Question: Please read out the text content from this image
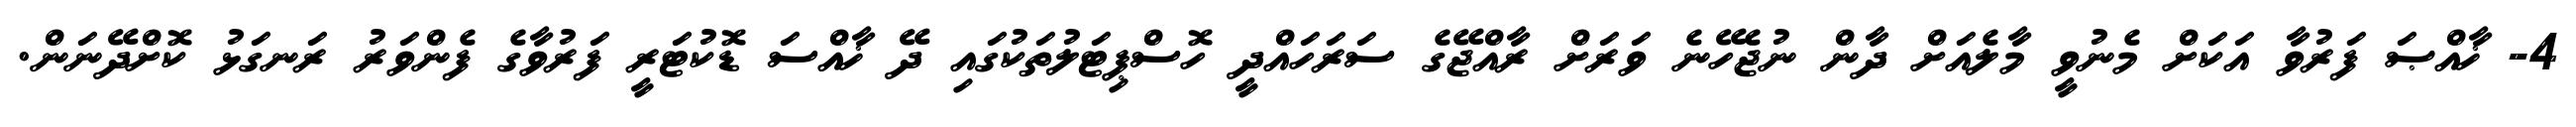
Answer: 4- ޚާއްޞަ ފަރުވާ އަކަށް މެނުވީ މާލެއަށް ދާން ނުޖެހޭނެ ވަރަށް ރާއްޖޭގެ ސަރަހައްދީ ހޮސްޕިޓަލުތަކުގައި ދޭ ޚާއްސަ ޑޮކުޓަރީ ފަރުވާގެ ފެންވަރު ރަނގަޅު ކޮށްދޭނަން.